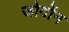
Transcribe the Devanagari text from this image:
जोर्दोन